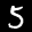
Label: 5